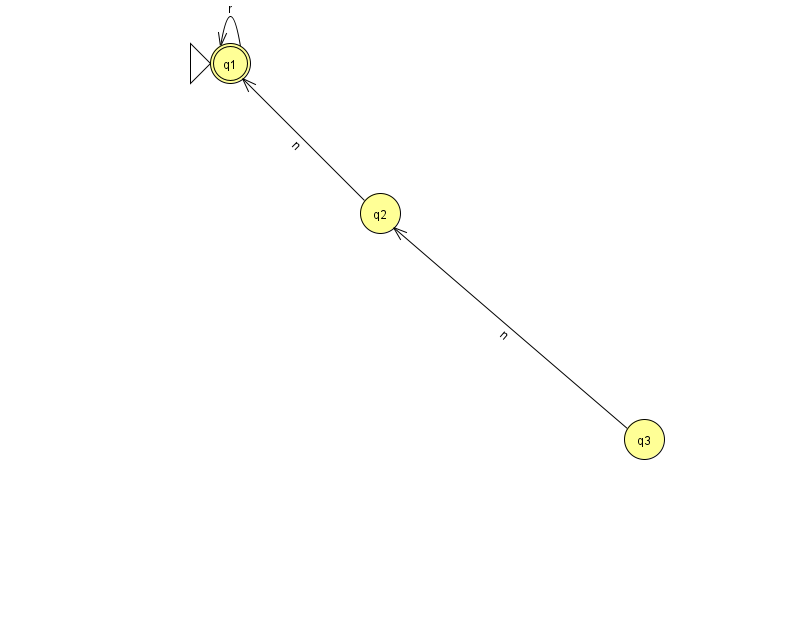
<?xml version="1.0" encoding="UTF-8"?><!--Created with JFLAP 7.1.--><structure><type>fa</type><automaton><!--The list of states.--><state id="1" name="q1"><x>230.0</x><y>50.0</y><initial/><final/></state><state id="2" name="q2"><x>380.0</x><y>200.0</y></state><state id="3" name="q3"><x>644.0</x><y>426.0</y></state><!--The list of transitions.--><transition><from>1</from><to>1</to><read>r</read></transition><transition><from>3</from><to>2</to><read>n</read></transition><transition><from>2</from><to>1</to><read>n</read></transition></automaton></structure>